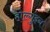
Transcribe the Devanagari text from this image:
होल्गुंइन